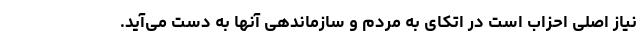
نیاز اصلی احزاب است در اتکای به مردم و سازماندهی آنها به دست می‌آید.